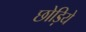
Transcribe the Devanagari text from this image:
छोड़िये